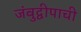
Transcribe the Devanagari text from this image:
जंबुद्वीपाची